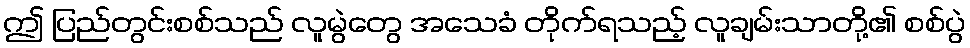
ဤ ပြည်တွင်းစစ်သည် လူမွဲတွေ အသေခံ တိုက်ရသည့် လူချမ်းသာတို့၏ စစ်ပွဲ